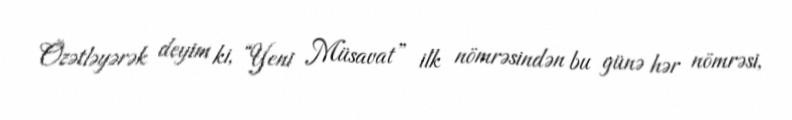
Özətləyərək deyim ki, “Yeni Müsavat” ilk nömrəsindən bu günə hər nömrəsi,